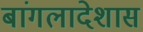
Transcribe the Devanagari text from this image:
बांगलादेशास